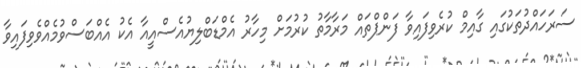
ސަރަހައްދުތަކުގައި ގާއިމް ކުރެވިފައިވާ ފަންޕްތައް މަރާމާތު ކުރުމަށް މިހާރު އެމްޑަބްލިޔުއެސްއީއާ އެކު އެއްބަސްވުމެއްވެވިފައިވާ